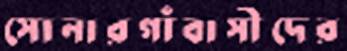
সোনারগাঁবাসীদের